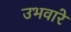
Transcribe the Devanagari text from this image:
उभवारे